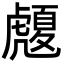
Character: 𧈄